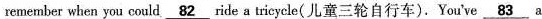
remember when you could \underline{82} ide a tricycle( J儿童三轮自行车).You've \underline{83}a